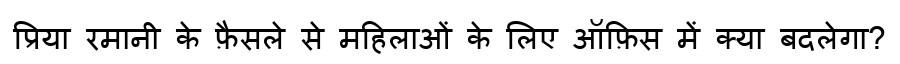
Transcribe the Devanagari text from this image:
प्रिया रमानी के फ़ैसले से महिलाओं के लिए ऑफ़िस में क्या बदलेगा?